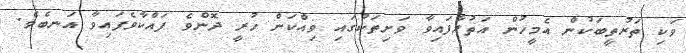
ވަކި ތަރުތީބަކުން އެމީހުން އަތުރާފައިވާ ވަށިތަކުގައި ވިއްކަން ހުރީ ދޮންވެ ފައްކާވެފައިވާ އަނބެވެ.